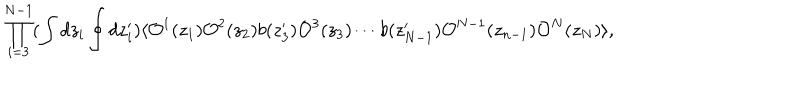
\prod _ { i = 3 } ^ { N - 1 } ( \int d z _ { i } \oint d z _ { i } ^ { \prime } ) \langle { \cal O } ^ { 1 } ( z _ { 1 } ) { \cal O } ^ { 2 } ( z _ { 2 } ) b ( z _ { 3 } ^ { \prime } ) { \cal O } ^ { 3 } ( z _ { 3 } ) \cdots b ( z _ { N - 1 } ^ { \prime } ) { \cal O } ^ { N - 1 } ( z _ { n - 1 } ) { \cal O } ^ { N } ( z _ { N } ) \rangle ,